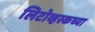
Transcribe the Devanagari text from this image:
लिटोव्हस्कच्या